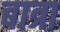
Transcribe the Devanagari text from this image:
बात्रा